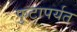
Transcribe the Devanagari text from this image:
फुटापर्यत